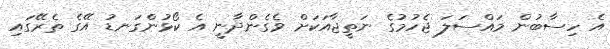
އެ ހިސާބުން މައްސަލަ ޖެހުމުގެ ނަތީޖާއަކަށް ވެގެންދާނީ އެ ކޯޅުންގަނޑު އޭގެ ތެރޭގައި